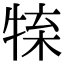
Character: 𤚊